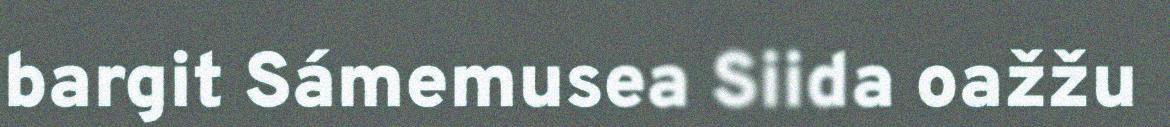
bargit Sámemusea Siida oažžu